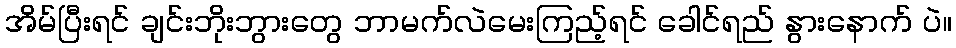
အိမ်ပြီးရင် ချင်းဘိုးဘွားတွေ ဘာမက်လဲမေးကြည့်ရင် ခေါင်ရည် နွားနောက် ပဲ။